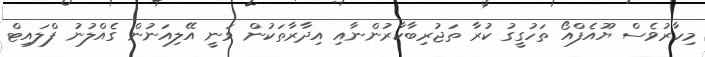
މިހާރުވެސް ޔޫއެފްއޯ ތަހުގީގު ކުރާ ތަޖުރިބާކާރުންނާއި އިދާރާތަކުން ވަނީ އޭލިއަނުން ގެއްލުނު ފްލައިޓް